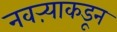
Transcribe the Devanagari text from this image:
नवऱ्याकडून